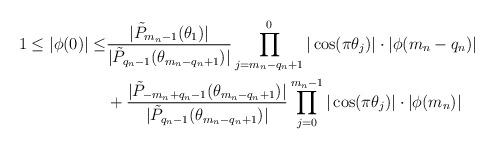
LaTeX: \begin{align*}1\leq |\phi(0)|\leq &\frac{|\tilde{P}_{m_n-1}(\theta_1)|}{|\tilde{P}_{q_n-1}(\theta_{m_n-q_n+1})|} \prod_{j=m_n-q_n+1}^0|\cos(\pi \theta_j)| \cdot |\phi(m_n-q_n)|\\&+\frac{|\tilde{P}_{-m_n+q_n-1}(\theta_{m_n-q_n+1})|}{|\tilde{P}_{q_n-1}(\theta_{m_n-q_n+1})|}\prod_{j=0}^{m_n-1}|\cos(\pi\theta_j)| \cdot |\phi(m_n)| \end{align*}